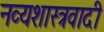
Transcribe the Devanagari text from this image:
नव्यशास्त्रवादी